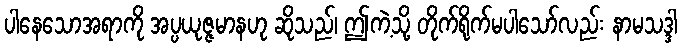
ပါနေသောအရာကို အပ္ပယုဇ္ဇမာနဟု ဆိုသည်၊ ဤကဲ့သို့ တိုက်ရိုက်မပါသော်လည်း နာမသဒ္ဒါ